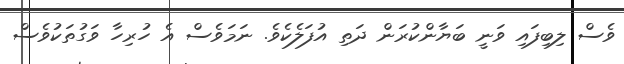
ވެސް ލިބިފައި ވަނީ ބަޔާންކުރަން ދަތި އުފަލެކެވެ. ނަމަވެސް އެ ހުރިހާ ވަގުތަކުވެސް